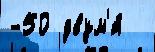
-50 двум'я́